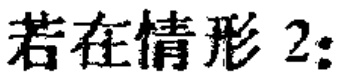
若在情形 2：